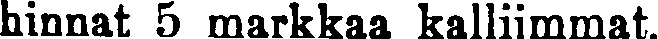
hinnat 5 markkaa kalliimmat.